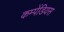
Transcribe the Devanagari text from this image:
कम्पेंडियस